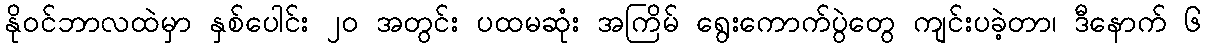
နိုဝင်ဘာလထဲမှာ နှစ်ပေါင်း ၂၀ အတွင်း ပထမဆုံး အကြိမ် ရွေးကောက်ပွဲတွေ ကျင်းပခဲ့တာ၊ ဒီနောက် ၆